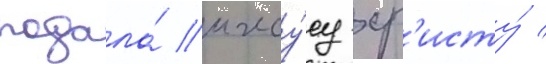
подала́ иису́су хр'исту́ /